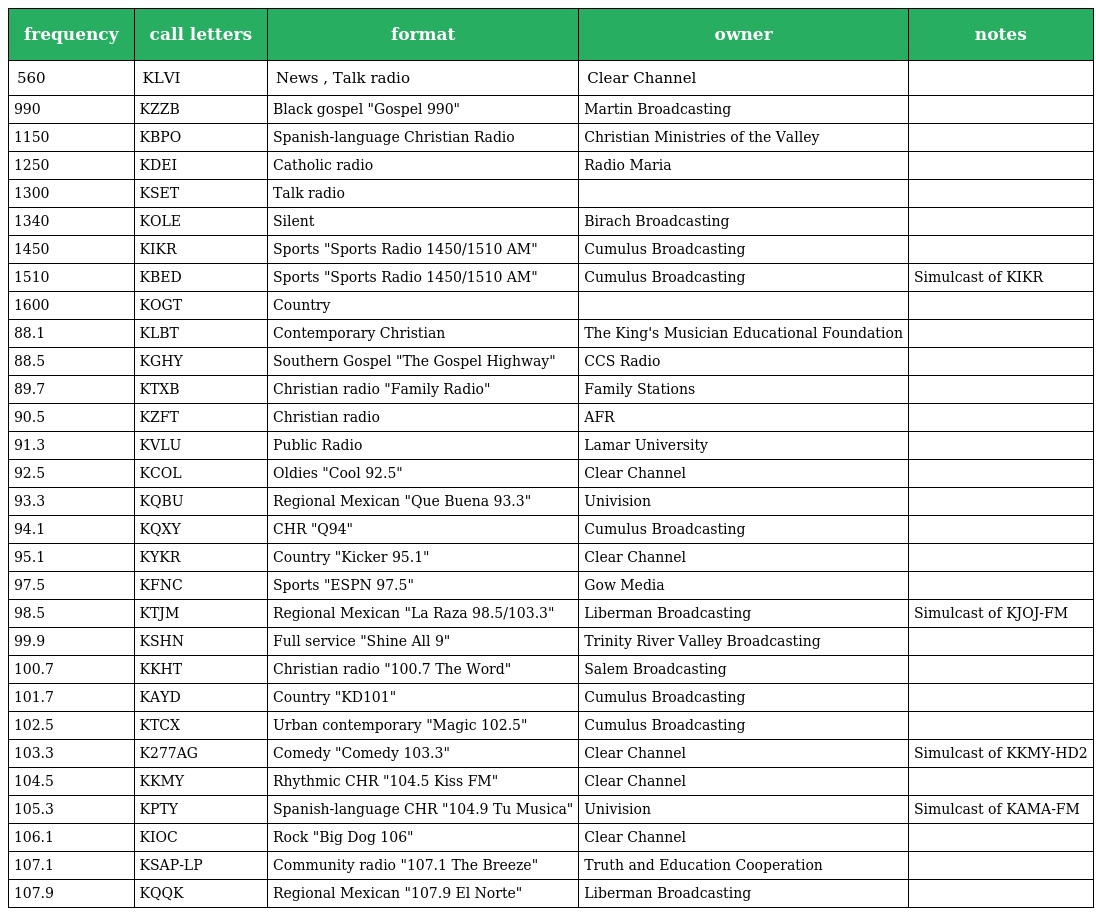
| frequency | call letters | format | owner | notes |
 | --- | --- | --- | --- | --- |
 | 560 | KLVI | News , Talk radio | Clear Channel |  |
 | 990 | KZZB | Black gospel "Gospel 990" | Martin Broadcasting |  |
 | 1150 | KBPO | Spanish-language Christian Radio | Christian Ministries of the Valley |  |
 | 1250 | KDEI | Catholic radio | Radio Maria |  |
 | 1300 | KSET | Talk radio |  |  |
 | 1340 | KOLE | Silent | Birach Broadcasting |  |
 | 1450 | KIKR | Sports "Sports Radio 1450/1510 AM" | Cumulus Broadcasting |  |
 | 1510 | KBED | Sports "Sports Radio 1450/1510 AM" | Cumulus Broadcasting | Simulcast of KIKR |
 | 1600 | KOGT | Country |  |  |
 | 88.1 | KLBT | Contemporary Christian | The King's Musician Educational Foundation |  |
 | 88.5 | KGHY | Southern Gospel "The Gospel Highway" | CCS Radio |  |
 | 89.7 | KTXB | Christian radio "Family Radio" | Family Stations |  |
 | 90.5 | KZFT | Christian radio | AFR |  |
 | 91.3 | KVLU | Public Radio | Lamar University |  |
 | 92.5 | KCOL | Oldies "Cool 92.5" | Clear Channel |  |
 | 93.3 | KQBU | Regional Mexican "Que Buena 93.3" | Univision |  |
 | 94.1 | KQXY | CHR "Q94" | Cumulus Broadcasting |  |
 | 95.1 | KYKR | Country "Kicker 95.1" | Clear Channel |  |
 | 97.5 | KFNC | Sports "ESPN 97.5" | Gow Media |  |
 | 98.5 | KTJM | Regional Mexican "La Raza 98.5/103.3" | Liberman Broadcasting | Simulcast of KJOJ-FM |
 | 99.9 | KSHN | Full service "Shine All 9" | Trinity River Valley Broadcasting |  |
 | 100.7 | KKHT | Christian radio "100.7 The Word" | Salem Broadcasting |  |
 | 101.7 | KAYD | Country "KD101" | Cumulus Broadcasting |  |
 | 102.5 | KTCX | Urban contemporary "Magic 102.5" | Cumulus Broadcasting |  |
 | 103.3 | K277AG | Comedy "Comedy 103.3" | Clear Channel | Simulcast of KKMY-HD2 |
 | 104.5 | KKMY | Rhythmic CHR "104.5 Kiss FM" | Clear Channel |  |
 | 105.3 | KPTY | Spanish-language CHR "104.9 Tu Musica" | Univision | Simulcast of KAMA-FM |
 | 106.1 | KIOC | Rock "Big Dog 106" | Clear Channel |  |
 | 107.1 | KSAP-LP | Community radio "107.1 The Breeze" | Truth and Education Cooperation |  |
 | 107.9 | KQQK | Regional Mexican "107.9 El Norte" | Liberman Broadcasting |  |